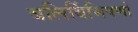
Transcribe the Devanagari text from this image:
बलिर्बिभिषणो